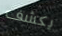
يكشف